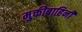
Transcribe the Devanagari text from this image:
मुक्तीबाहिनी